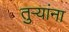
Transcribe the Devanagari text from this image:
तुऱ्यांना